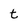
Character: t